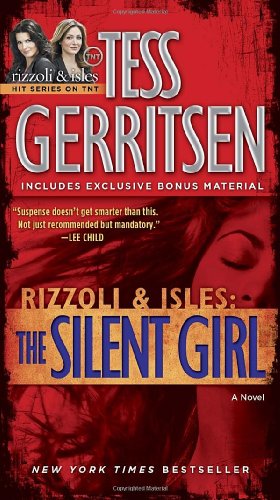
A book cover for The Silent Girl (with bonus short story Freaks): A Rizzoli & Isles Novel; Tess Gerritsen; Mystery, Thriller & Suspense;